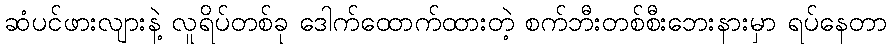
ဆံပင်ဖားလျားနဲ့ လူရိပ်တစ်ခု ဒေါက်ထောက်ထားတဲ့ စက်ဘီးတစ်စီးဘေးနားမှာ ရပ်နေတာ